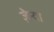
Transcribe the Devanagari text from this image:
ज़ेन्दा